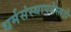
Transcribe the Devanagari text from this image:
धर्मसंस्थापनेसाठी